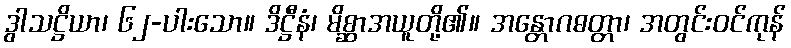
ဒွါသဋ္ဌိယာ၊ ၆၂-ပါးသော။ ဒိဋ္ဌီနံ၊ မိစ္ဆာအယူတို့၏။ အန္တောဂဓတ္တာ၊ အတွင်းဝင်ကုန်